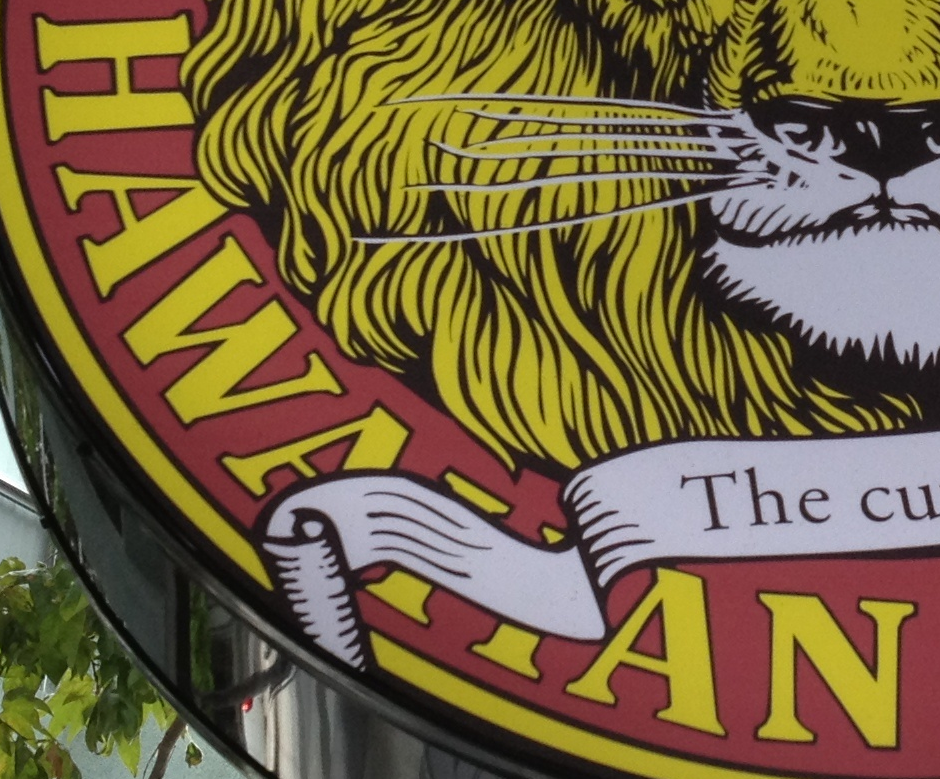
HAWAIIAN